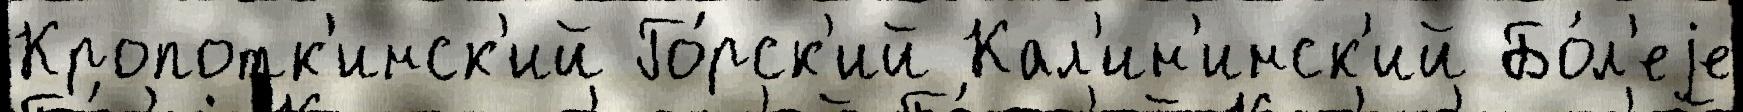
Кропотк'инск'ий Го́рск'ий Кал'ин'инск'ий Бо́л'еjе